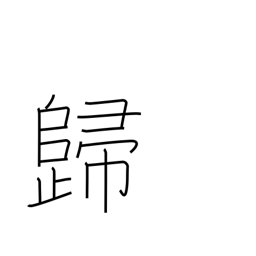
Meaning: result in